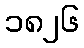
၁၈၂၆